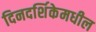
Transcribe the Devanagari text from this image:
दिनदर्शिकेमधील